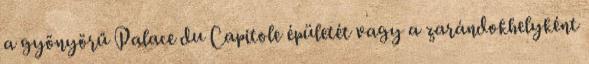
a gyönyörű Palace du Capitole épületét vagy a zarándokhelyként